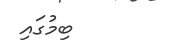
ބިމުގައި